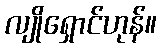
လျိုရှောင်ဟုန်။